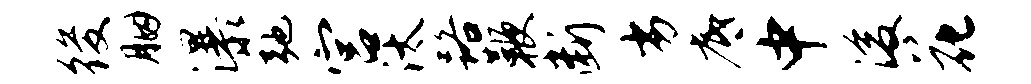
後胭瀑弛宫汰路鞭断劣底中浚花